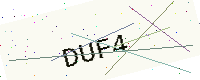
Text: DUF4